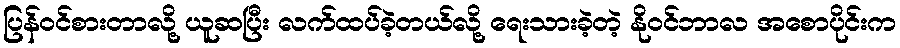
ပြန်ဝင်စားတာလို့ ယူဆပြီး လက်ထပ်ခဲ့တယ်လို့ ရေးသားခဲ့တဲ့ နိုဝင်ဘာလ အစောပိုင်းက